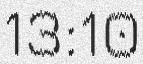
13:10